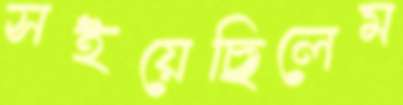
সইয়েছিলেম